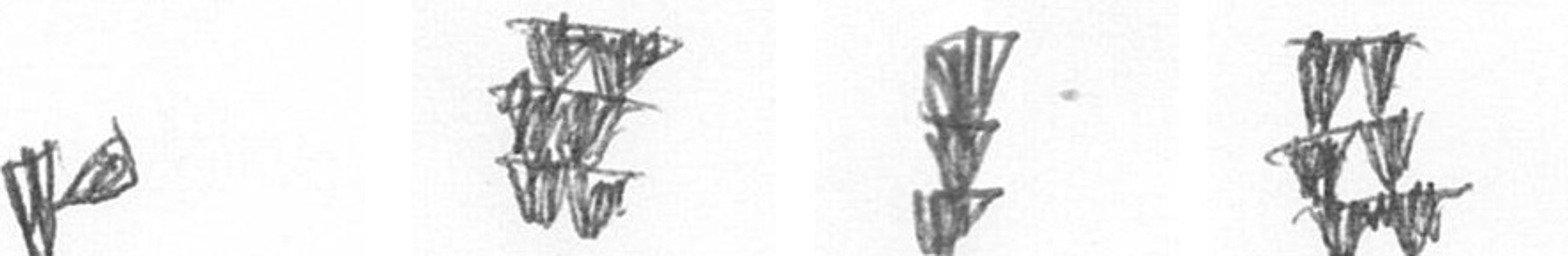
F Y E Y